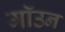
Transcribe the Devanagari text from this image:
गॉउन